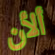
ألأن